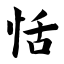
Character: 恬